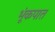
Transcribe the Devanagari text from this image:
भूंकपात